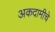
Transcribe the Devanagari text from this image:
अकदामीचे